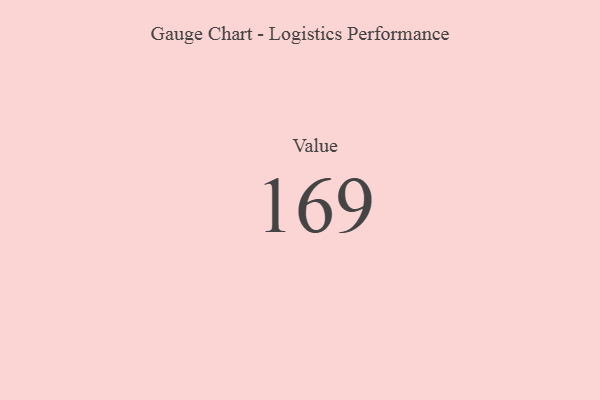
{"axis": {"x": "Metric", "y": "Value"}, "legend": [""], "data": [{"x": "Value", "y": 169, "type": ""}]}